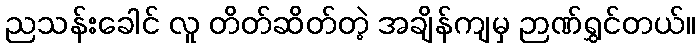
ညသန်းခေါင် လူ တိတ်ဆိတ်တဲ့ အချိန်ကျမှ ဉာဏ်ရွှင်တယ်။